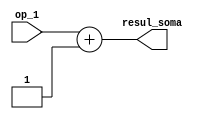

module somador_pc(op_1, resul_soma);

input[31:0] op_1;
output[31:0] resul_soma;


//reg [31:0] op_2;
reg [31:0] resul_soma;

//initial
//begin
//reg  op_2 = 32'b00000000000000000000000000000001;
//end

always @(op_1 ) begin

resul_soma = op_1 + 1;

end

endmodule